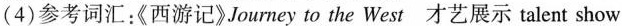
(4)参考词汇：《西游记》Journey to the West才艺展示talent show